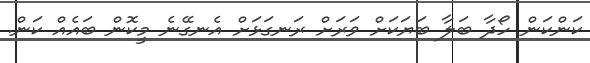
ކަންކަން ހޯދާ ބަލާ ބަޔަކަށް ވަރަށް ރަނގަޅަށް އެނގޭނެ މީކޮން ބައެއް ކަން.